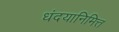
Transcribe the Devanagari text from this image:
धंदयानिमित्त्‍ा